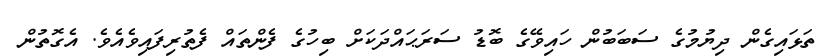
ތަޅައިގެން ދިޔުމުގެ ސަބަބުން ހައިވޭގެ ބޮޑު ސަރަޙައްދަކަށް ބިހުގެ ފެންތައް ފެތުރިފައިވެއެވެ. އެގޮތުން